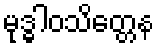
မုဒ္ဓါဝသိတ္တေန